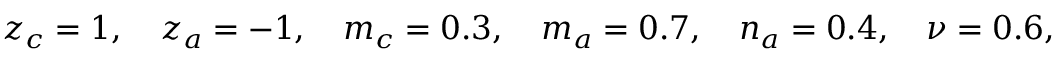
z _ { c } = 1 , \quad z _ { a } = - 1 , \quad m _ { c } = 0 . 3 , \quad m _ { a } = 0 . 7 , \quad n _ { a } = 0 . 4 , \quad \nu = 0 . 6 ,